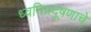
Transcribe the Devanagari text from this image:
ध्वनिप्रदूषणाचे